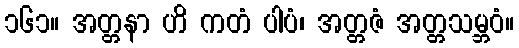
၁၆၁။ အတ္တနာ ဟိ ကတံ ပါပံ၊ အတ္တဇံ အတ္တသမ္ဘဝံ။